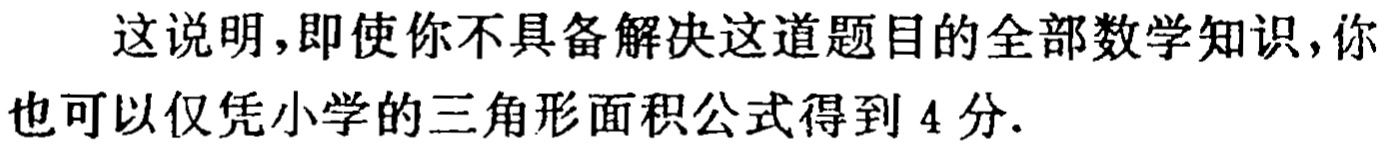
这说明，即使你不具备解决这道题目的全部数学知识，你也可以仅凭小学的三角形面积公式得到 4 分.